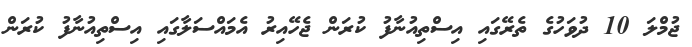
ޖުމްލަ 10 ދުވަހުގެ ތެރޭގައި އިސްތިއުނާފު ކުރަން ޖެހޭއިރު އެމައްސަލާގައި އިސްތިއުނާފު ކުރަން